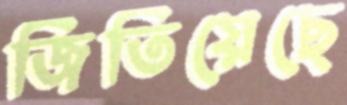
জিতিয়েছে